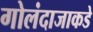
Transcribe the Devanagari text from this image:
गोलंदाजाकडे